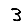
Digit: 3